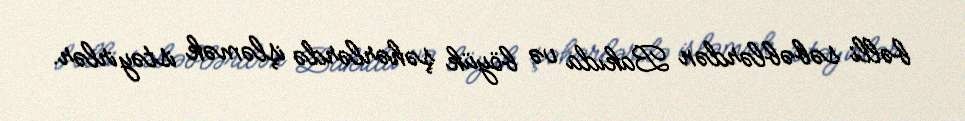
bəlli səbəblərdən Bakıda və böyük şəhərlərdə işləmək istəyirlər.